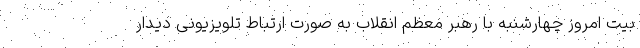
بیت امروز چهارشنبه با رهبر معظم انقلاب به صورت ارتباط تلویزیونی دیدار